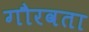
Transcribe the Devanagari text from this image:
गौरवता